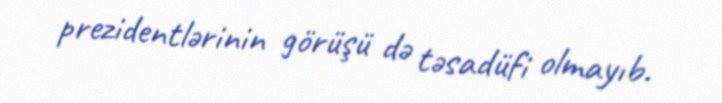
prezidentlərinin görüşü də təsadüfi olmayıb.